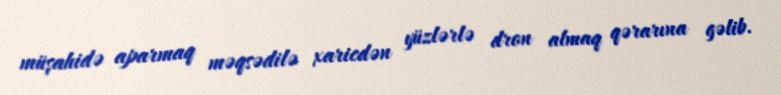
müşahidə aparmaq məqsədilə xaricdən yüzlərlə dron almaq qərarına gəlib.